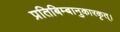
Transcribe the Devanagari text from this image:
प्रतिबिम्बानुकारकृत्‌।